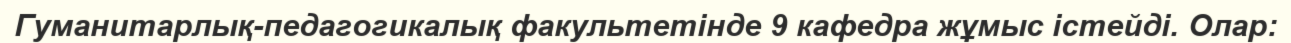
Гуманитарлық-педагогикалық факультетінде 9 кафедра жұмыс істейді. Олар: